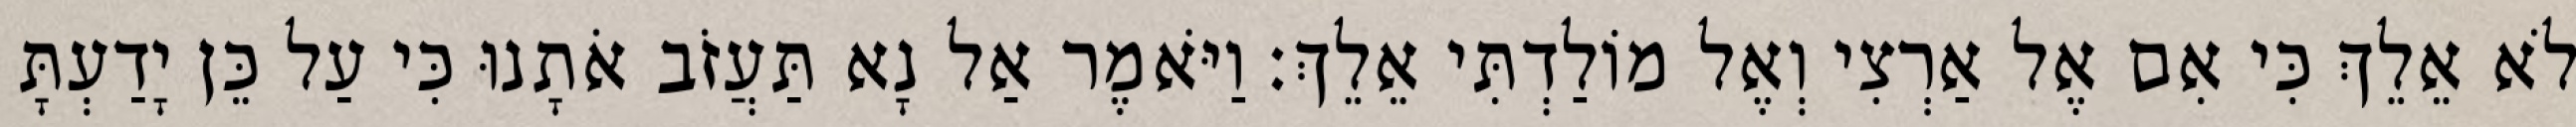
לֹא אֵלֵךְ כִּי אִם אֶל אַרְצִי וְאֶל מוֹלַדְתִּי אֵלֵךְ׃ וַיֹּאמֶר אַל נָא תַּעֲזֹב אֹתָנוּ כִּי עַל כֵּן יָדַעְתָּ